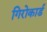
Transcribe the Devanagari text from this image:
गिरोकार्ड